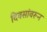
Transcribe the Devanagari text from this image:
दिवसांवरून